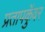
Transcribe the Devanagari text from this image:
प्रतापकुॅवर